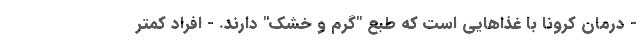
- درمان کرونا با غذاهایی است که طبع "گرم و خشک" دارند. - افراد کمتر